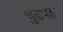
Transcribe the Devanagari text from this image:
चुद्दपह